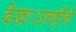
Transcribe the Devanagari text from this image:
देखा।उन्होंने